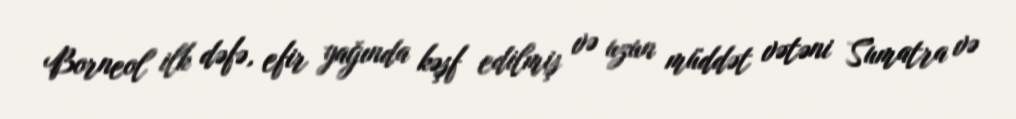
Borneol ilk dəfə, efir yağında kəşf edilmiş və uzun müddət vətəni Sumatra və